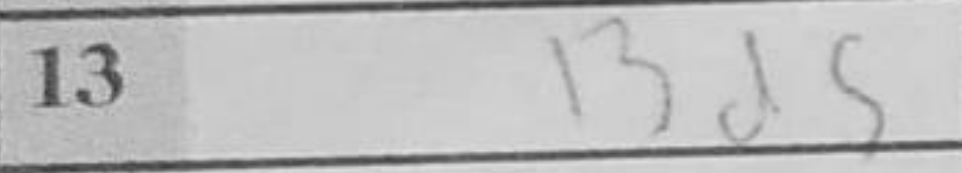
Transcription: Bd5